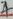
Text: 4